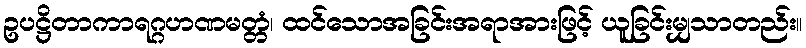
ဥပဋ္ဌိတာကာရဂ္ဂဟဏမတ္တံ၊ ထင်သောအခြင်းအရာအားဖြင့် ယူခြင်းမျှသာတည်း။